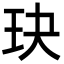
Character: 玦